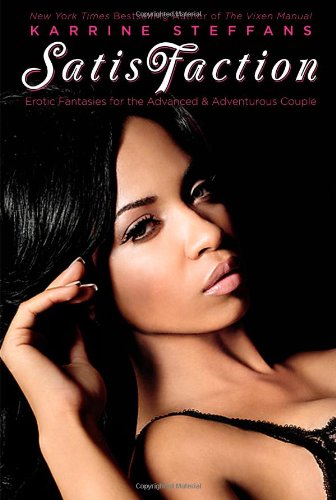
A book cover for SatisFaction: Erotic Fantasies for the Advanced & Adventurous Couple.; Karrine Steffans; Romance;